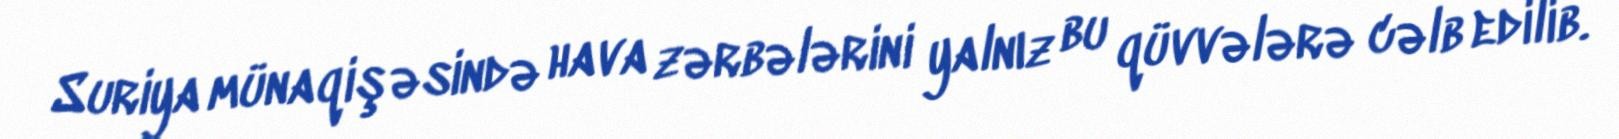
Suriya münaqişəsində hava zərbələrini yalnız bu qüvvələrə cəlb edilib.